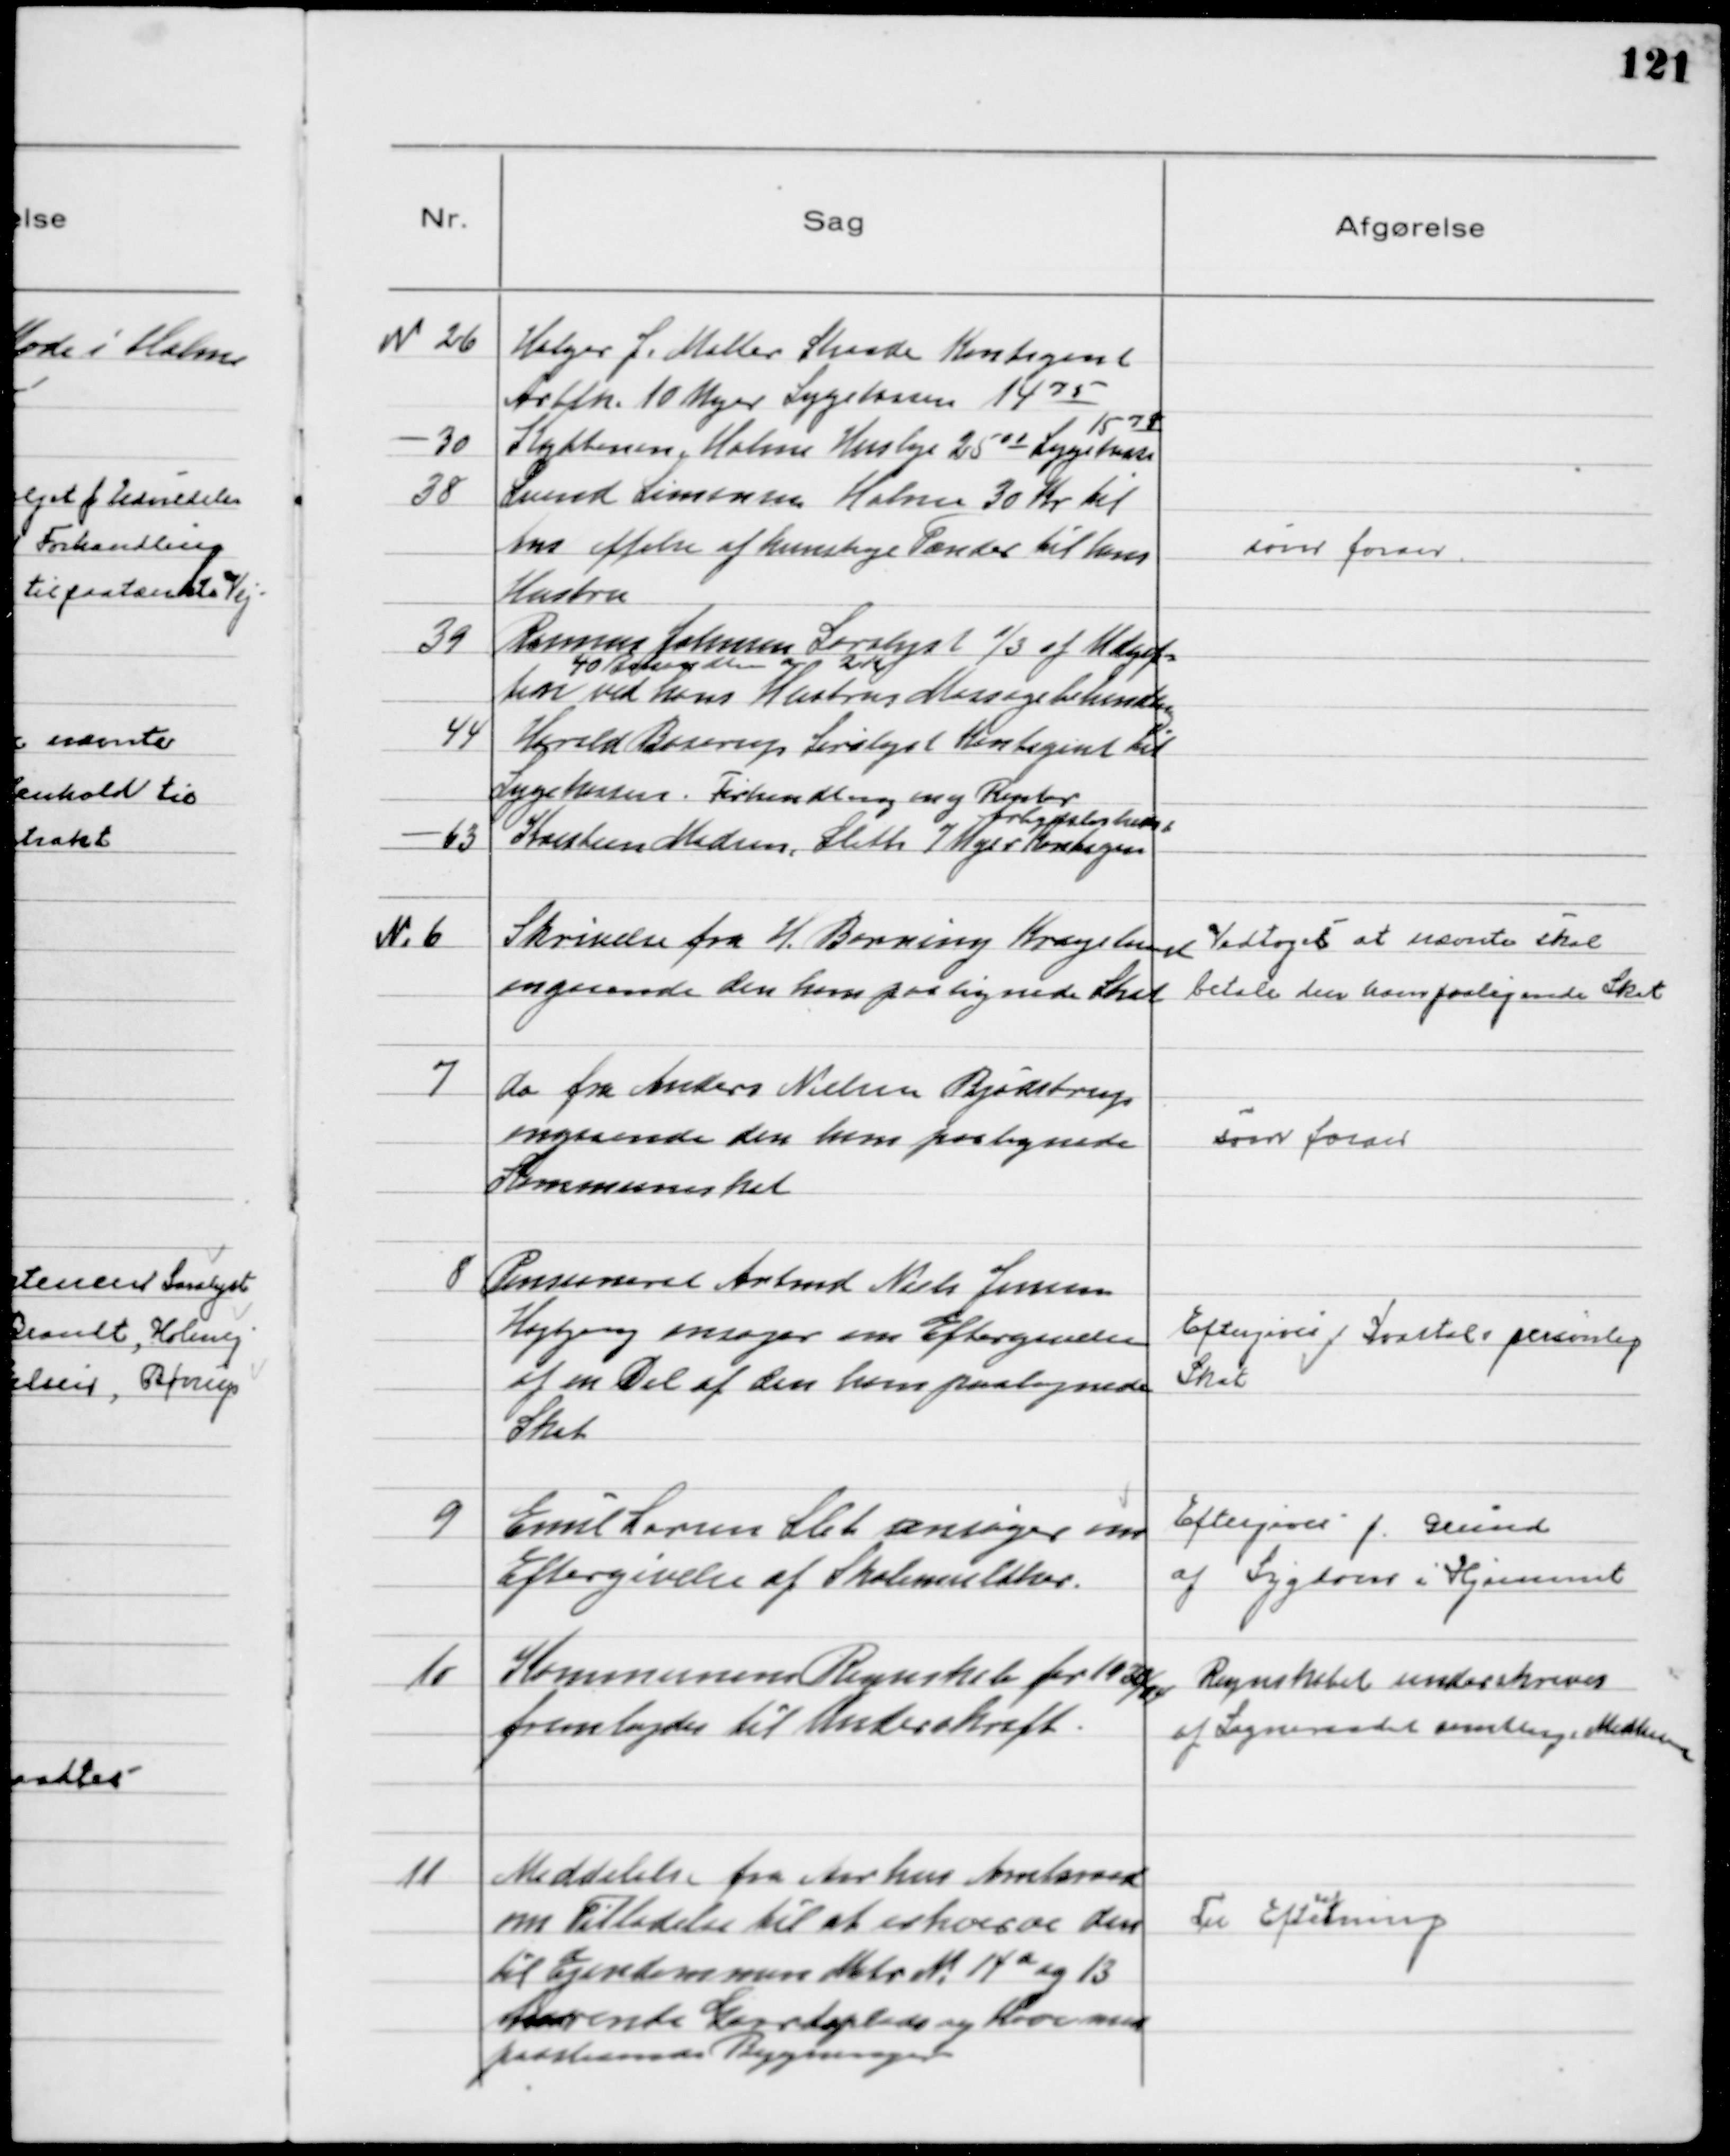
Transskription:
N 26 Holger J. Møller Skaade Kontigent
Arblk. 10 Uger Sygekassen 1475
 30 Kyttenen, Holme Husleje 2500 Sygekasse
1578
38 Svend Simonsen Holme 30 Kr til
Anskaffelse af kunstige Tænder til hans
Hustru
39 Rasmus Johnsen Saralyst ⅓ af Udgif=
ten ved hans Hustrus Massagebehandling
40 Behandlinger a 2 Kr
44 Harald Boserup, Saralyst Kontigent til
Sygekassen. Forhandling ang. Renter
 63 Kristian Madsen, Sleth 7 Uger Kontigent
Arbejdsløsheds

som foran

№ 6
Skrivelse fra H. Berring Kragelund
angaaende den ham paalignede Skat
Vedtoges at nævnte skal
betale den ham paalignede Skat

7
Do fra Anders Nielsen Bjødstrup
angaaende den ham paalignede
Kommuneskat

som foran

8
Pensioneret Arbmd Niels Jensen
Højbjerg ansøger om Eftergivelse
af en Del af den ham paalignede
Skat

Eftergives 1 Kvartal personlig
Skat

9
Emil Larsen Sleth ansøger om
Eftergivelse af Skolemultker.

Eftergives f. Grund
af Sygdom i Hjemmet

10
Kommunens Regnskab for 1933/34
fremlagdes til Underskrift.
Regnskabet underskrives
af Sogneraadet samtlige Medlemmer

11
Meddelelse fra Aarhus Amtsraad
om Tilladelse til at erhverve den
til Ejendommen Matr № 14 a og 13
hørende Gaardsplads og Have med
paastaaende Bygninger

Til Efte
ret
ning